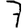
Digit: 7